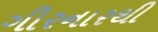
ગીરનારથી